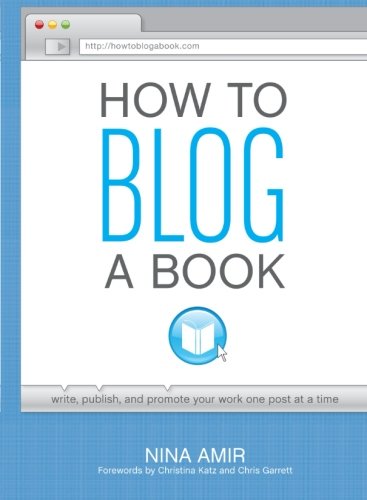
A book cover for How to Blog a Book: Write, Publish, and Promote Your Work One Post at a Time; Nina Amir; Computers & Technology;